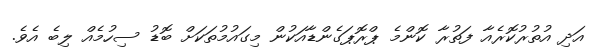
އަދި އުތުރުކޮރެއާ ފަތުރާ ކޮންމެ ޕްރޮޕަގެންޑާއަކުން މިގައުމުތަކަށް ބޮޑު ސިހުމެއް ލިބެ އެވެ.